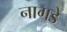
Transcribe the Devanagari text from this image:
नागडे